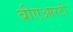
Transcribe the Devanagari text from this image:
बीएआरटी